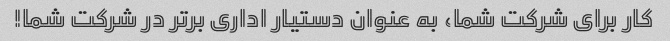
کار برای شرکت شما، به عنوان دستیار اداری برتر در شرکت شما!